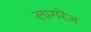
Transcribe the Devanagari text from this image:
लागरेंज